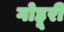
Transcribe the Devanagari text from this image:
गोहूरी